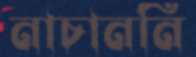
নাচাননি